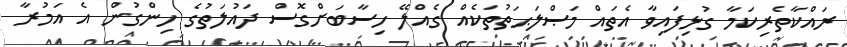
ރައްކާތެރިކަމާ ގުޅިފައިވާ އެތައް މަޞްލަޙަތުތަކެއް ގެއްލޭ ހިސާބަށްގޮސް ދައުލަތުގެ ހިންގުން އެ އަމުރާ